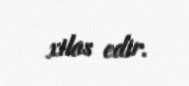
xilas edir.